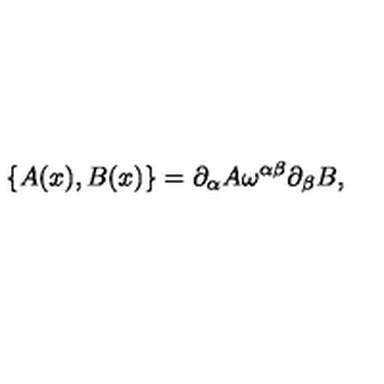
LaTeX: \{ A ( x ) , B ( x ) \} = \partial _ { \alpha } A \omega ^ { \alpha \beta } \partial _ { \beta } B ,